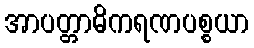
အာပတ္တာဓိကရဏပစ္စယာ